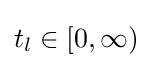
t_{l}\in [0,\infty )